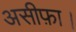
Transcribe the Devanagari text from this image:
असीफ़ा।